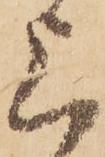
上